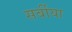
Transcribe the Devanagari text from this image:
सर्बीया